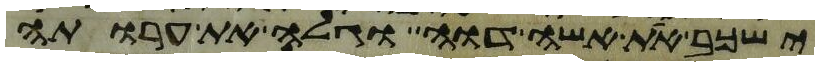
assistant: ישכב את אשה דוה וגלה את ערותה